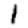
Digit: 1